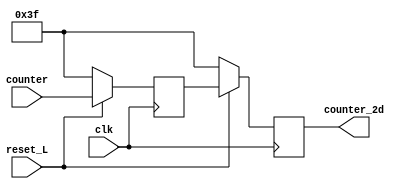
module contador_2d (
    input clk,
    input reset_L,
    input [5:0] counter,
    output [5:0] counter_2d
);

    reg [5:0] counter_2d;
    reg [5:0] counter_d;

    always @(posedge clk ) begin
        if (reset_L == 0) begin
            counter_d <= 63;
            counter_2d <= 63;
        end 
        else begin
            counter_d <= counter;
            counter_2d <= counter_d;
        end
       
    end
endmodule